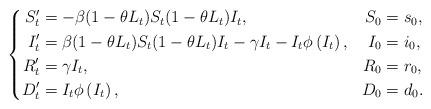
LaTeX: \begin{align*}\left\{\begin{aligned}S^\prime_t&=-\beta(1-\theta L_t)S_t (1-\theta L_t )I_t, & S_0 &= s_0, \\I^\prime_t &=\beta(1-\theta L_t )S_t (1-\theta L_t )I_t -\gamma I_t -I_t \phi\left(I_t \right), & I_0 &= i_0,\\R^\prime_t &=\gamma I_t, & R_0 &= r_0, \\D^\prime_t &=I_t \phi\left(I_t \right), & D_0 &= d_0.\\\end{aligned}\right.\end{align*}